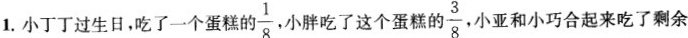
1.小丁丁过生日，吃了蛋糕的\frac{1}{8}，小胖吃了这个蛋糕的\frac{3}{8}，小亚和小巧合起来吃了剩余